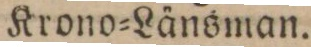
Krono=Länsman.